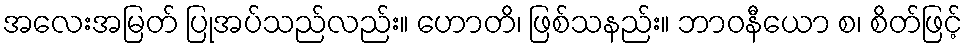
အလေးအမြတ် ပြုအပ်သည်လည်း။ ဟောတိ၊ ဖြစ်သနည်း။ ဘာဝနီယော စ၊ စိတ်ဖြင့်